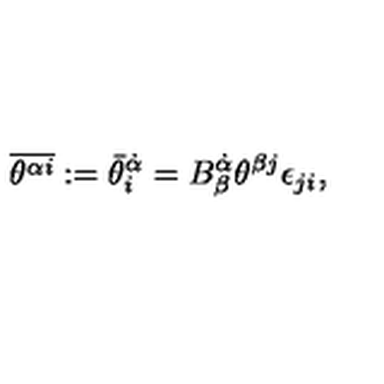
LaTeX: \overline { { \theta ^ { \alpha i } } } : = { \bar { \theta } } _ { i } ^ { \dot { \alpha } } = B _ { \beta } ^ { \dot { \alpha } } \theta ^ { \beta j } \epsilon _ { j i } ,